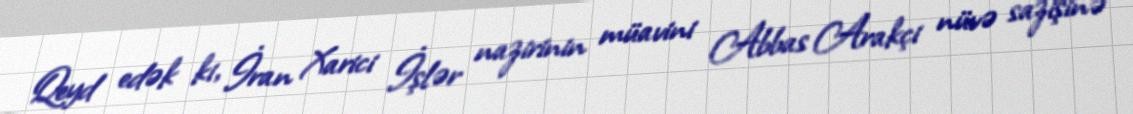
Qeyd edək ki, İran Xarici İşlər nazirinin müavini Abbas Arakçi nüvə sazişinə